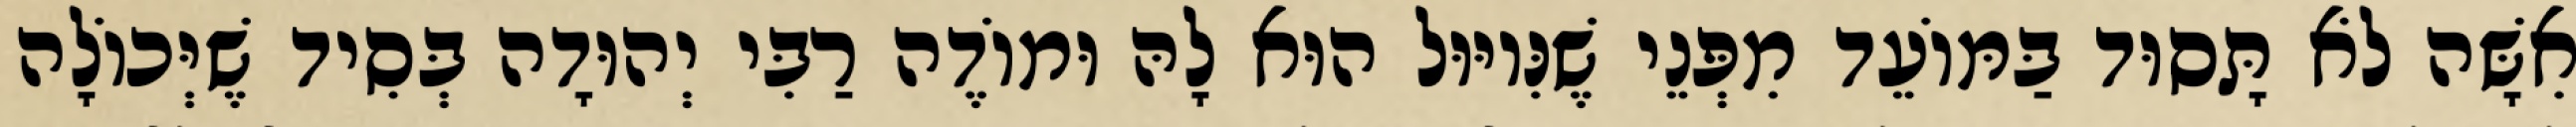
אִשָּׁה לֹא תָּסוּד בַּמּוֹעֵד מִפְּנֵי שֶׁנִּיוּוּל הוּא לָהּ וּמוֹדֶה רַבִּי יְהוּדָה בְּסִיד שֶׁיְּכוֹלָה